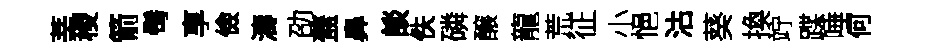
莘稷箭髩享儉濤劭蓋鼻談佚磷醸龍荒征小悒沽葵換竚蹀唾何